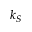
k _ { S }